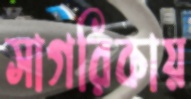
সাগরিকায়